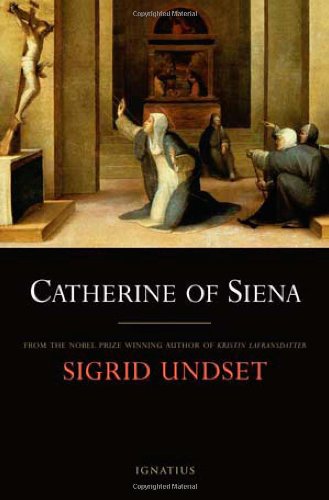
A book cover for Catherine of Siena; Sigrid Undset; Christian Books & Bibles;